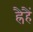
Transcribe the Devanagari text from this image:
ह्रैहैं